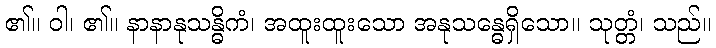
၏။ ဝါ၊ ၏။ နာနာနုသန္ဓိကံ၊ အထူးထူးသော အနုသန္ဓေရှိသော။ သုတ္တံ၊ သည်။